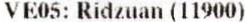
VE05: RIDZUAN (11900)